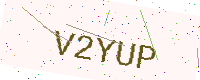
Text: V2YUP